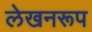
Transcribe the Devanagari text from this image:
लेखनरूप